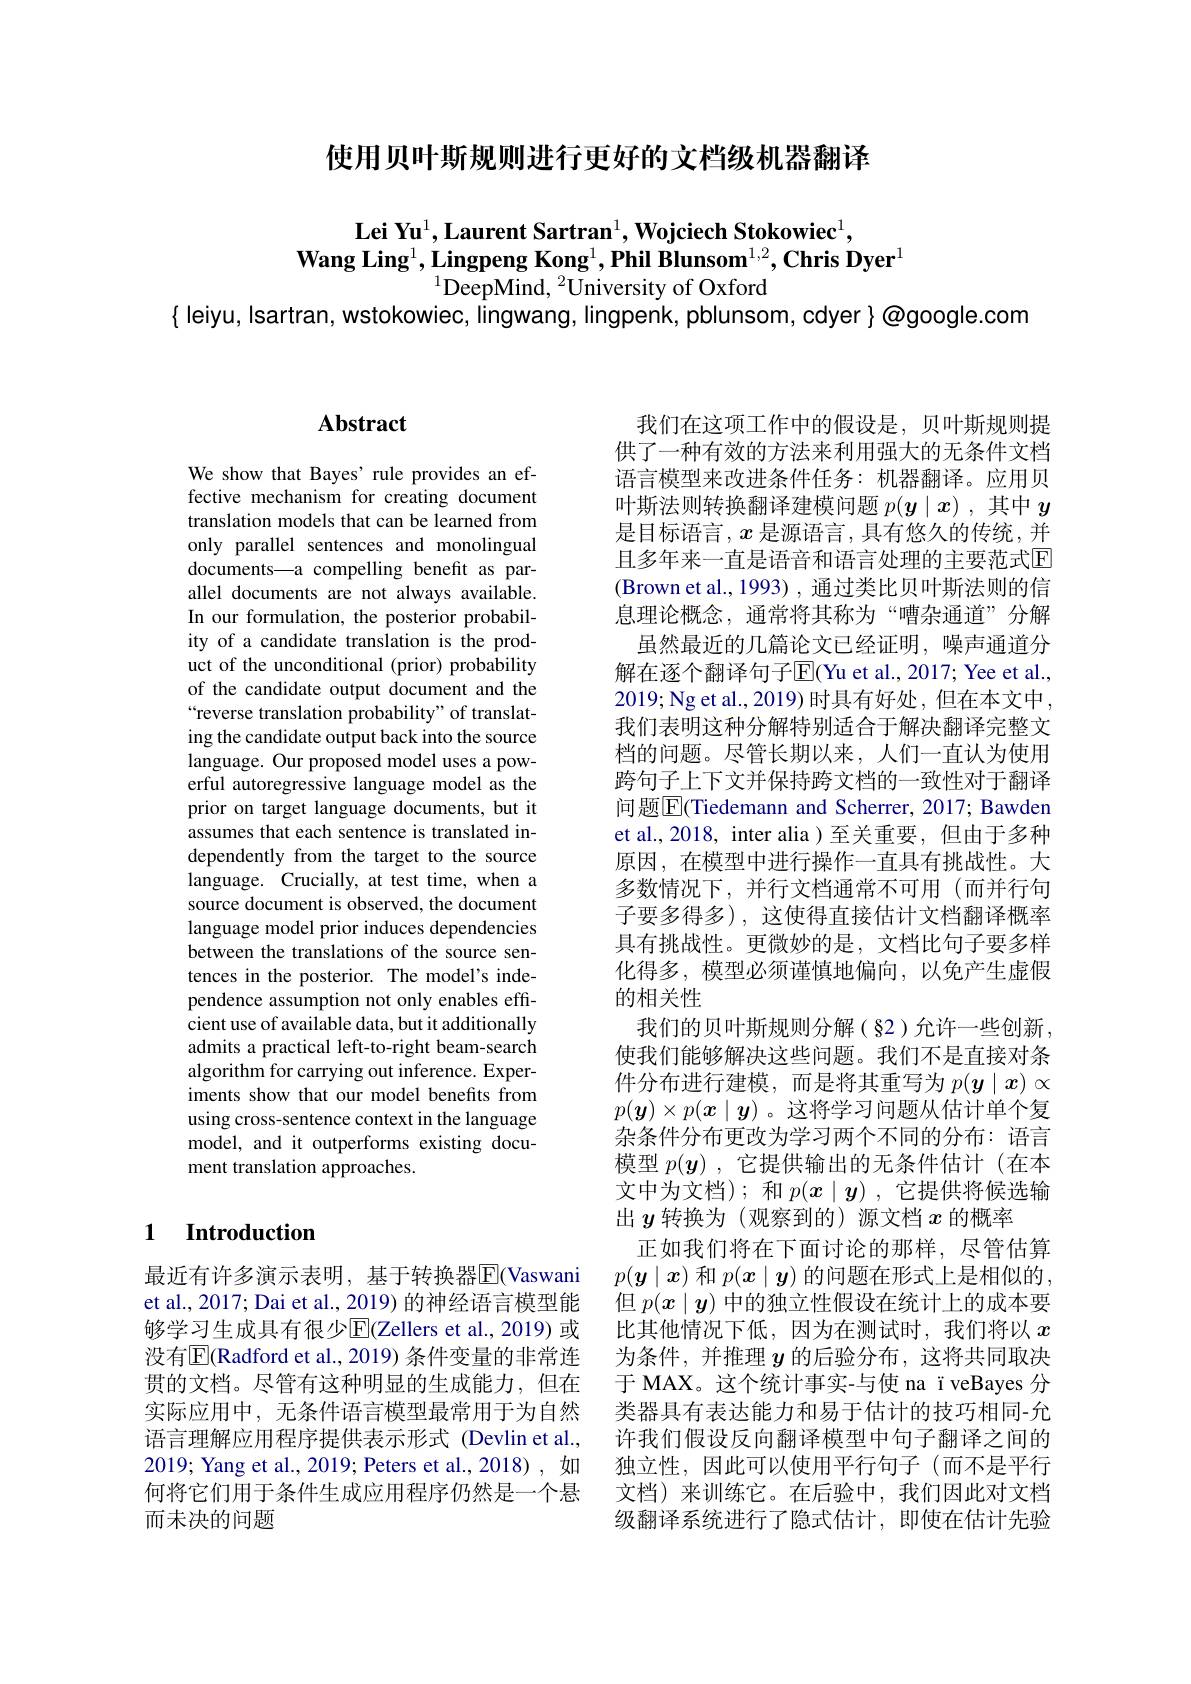
使用贝叶斯规则进行更好的文档级机器翻译

$\textbf{Lei Yu}^1,\textbf{Laurent Sartran}^1,\textbf{Wojciech Stokowiec}^1$,
$\textbf{Wang Ling}^1,\textbf{Lingpeng Kong}^1,\text{Phil Blunsom}^{1,2},\textbf{Chris Dyer}^1$
$^{1}\bar{\text{DeepMind, }^2\text{University of Oxford}}$
$\{$ leiyu, Isartran, wstokowiec, lingwang, lingpenk, pblunsom, cdyer $\}\textcircled{\text{@google.com}}$

## $\mathbf{Abstract}$

We show that Bayes' rule provides an effective mechanism for creating document translation models that can be learned from only parallel sentences and monolingual documents—a compelling benefit as parallel documents are not always available. In our formulation, the posterior probability of a candidate translation is the product of the unconditional (prior) probability of the candidate output document and the “reverse translation probability" of translating the candidate output back into the source language. Our proposed model uses a powerful autoregressive language model as the prior on target language documents, but it assumes that each sentence is translated independently from the target to the source language. Crucially, at test time, when a source document is observed, the document language model prior induces dependencies between the translations of the source sentences in the posterior. The model's independence assumption not only enables efficient use of available data, but it additionally admits a practical left-to-right beam-search algorithm for carrying out inference. Experiments show that our model benefits from using cross-sentence context in the language model, and it outperforms existing document translation approaches.

## 1 Introduction

最近有许多演示表明，基于转换器$\overline{\mathrm{E}}($Vaswani et al., 2017; Dai et al., 2019) 的神经语言模型能够学习生成具有很少$\overline{\mathrm{E}}($Zellers et al., 2019) 或没有$\overline{\mathrm{E}}($Radford et al., 2019) 条件变量的非常连贯的文档。尽管有这种明显的生成能力，但在实际应用中，无条件语言模型最常用于为自然语言理解应用程序提供表示形式 (Devlin et al., 2019; Yang et al., 2019; Peters et al., 2018), 如何将它们用于条件生成应用程序仍然是一个悬而未决的问题

我们在这项工作中的假设是，贝叶斯规则提供了一种有效的方法来利用强大的无条件文档语言模型来改进条件任务：机器翻译。应用贝叶斯法则转换翻译建模问题$p(\boldsymbol{y}\mid x)$ ,其中$y$ 是目标语言，$x$是源语言，具有悠久的传统，并且多年来一直是语音和语言处理的主要范式$\mathbb{E}$ (Brown et al., 1993) , 通过类比贝叶斯法则的信息理论概念，通常将其称为“嘈杂通道”分解
虽然最近的几篇论文已经证明，噪声通道分解在逐个翻译句子$\overline{\mathrm{E}}$(Yu et al., 2017; Yee et al., 2019;Ng et al., 2019) 时具有好处，但在本文中， 我们表明这种分解特别适合于解决翻译完整文档的问题。尽管长期以来，人们一直认为使用跨句子上下文并保持跨文档的一致性对于翻译问题$\boxed{\mathrm{E}}($Tiedemann and Scherrer, 2017; Bawden et al.,2018, inter alia )至关重要，但由于多种原因，在模型中进行操作一直具有挑战性。大多数情况下，并行文档通常不可用(而并行句子要多得多), 这使得直接估计文档翻译概率具有挑战性。更微妙的是，文档比句子要多样化得多，模型必须谨慎地偏向，以免产生虚假的相关性
我们的贝叶斯规则分解(§2)允许一些创新， 使我们能够解决这些问题。我们不是直接对条件分布进行建模，而是将其重写为$p(\boldsymbol{y}\mid\boldsymbol{x})\propto$ $p(\boldsymbol{y})\times p(\boldsymbol{x}\mid\boldsymbol{y})$ 。这将学习问题从估计单个复杂条件分布更改为学习两个不同的分布：语言模型$p(\boldsymbol{y})$ ,它提供输出的无条件估计 (在本文中为文档);和$p(x\mid y)$ ,它提供将候选输出$y$转换为 (观察到的) 源文档$x$的概率
正如我们将在下面讨论的那样，尽管估算$p(\boldsymbol{y}\mid\boldsymbol{x})$和$p(\boldsymbol{x}\mid\boldsymbol{y})$的问题在形式上是相似的， 但$p(x\mid\boldsymbol{y})$中的独立性假设在统计上的成本要比其他情况下低，因为在测试时，我们将以$x$ 为条件，并推理$y$的后验分布，这将共同取决于 MAX。这个统计事实-与使 na ï veBayes 分类器具有表达能力和易于估计的技巧相同-允许我们假设反向翻译模型中句子翻译之间的独立性，因此可以使用平行句子(而不是平行文档)来训练它。在后验中，我们因此对文档级翻译系统进行了隐式估计，即使在估计先验